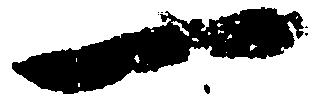
一